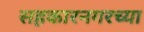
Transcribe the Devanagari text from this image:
सहकारनगरच्या